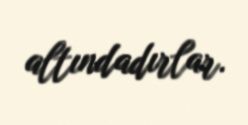
altındadırlar.